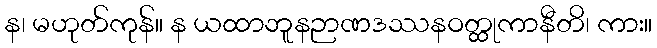
န၊ မဟုတ်ကုန်။ န ယထာဘူနဉာဏဒဿနဝတ္ထုကာနီတိ၊ ကား။